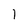
Character: I